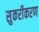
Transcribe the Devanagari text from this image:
सुकरीकरण